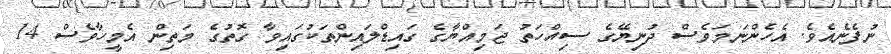
ނުފެނެއެވެ. އެހެންނަމަވެސް ދުނިޔޭގެ ސިއްހަތު ޖަމިއްޔާގެ ގައިޑްލައިންތަކުގައިވާ ގޮތުގެ މަތިން އެމީހާވެސް 14